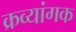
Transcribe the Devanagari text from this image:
क्रव्यांगक